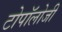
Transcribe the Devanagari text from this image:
टोपॉलोजी